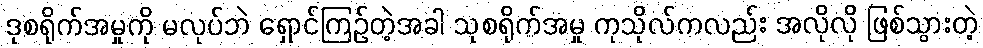
ဒုစရိုက်အမှုကို မလုပ်ဘဲ ရှောင်ကြဉ်တဲ့အခါ သုစရိုက်အမှု ကုသိုလ်ကလည်း အလိုလို ဖြစ်သွားတဲ့